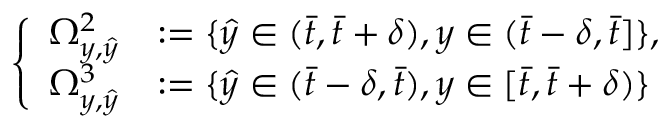
\left\{ \begin{array} { r l } { \Omega _ { y , \hat { y } } ^ { 2 } } & { : = \{ \hat { y } \in ( \bar { t } , \bar { t } + \delta ) , y \in ( \bar { t } - \delta , \bar { t } ] \} , } \\ { \Omega _ { y , \hat { y } } ^ { 3 } } & { : = \{ \hat { y } \in ( \bar { t } - \delta , \bar { t } ) , y \in [ \bar { t } , \bar { t } + \delta ) \} } \end{array} \right.